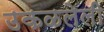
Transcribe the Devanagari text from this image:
उकळलेली